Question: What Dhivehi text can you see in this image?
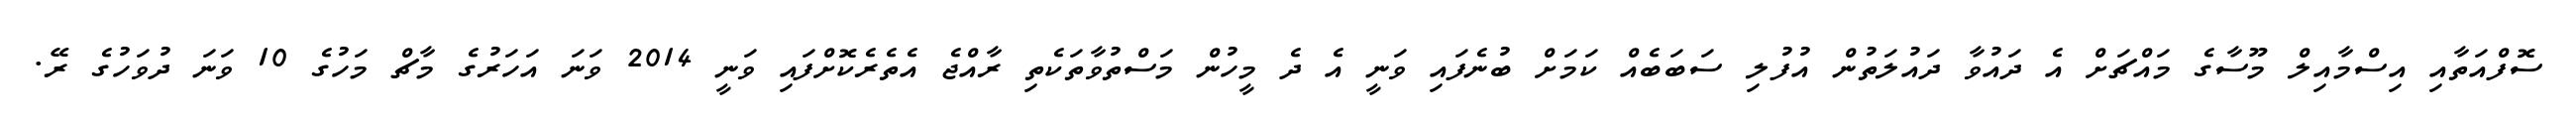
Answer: ސޮފްއަތާއި އިސްމާއިލް މޫސާގެ މައްޗަށް އެ ދައުވާ ދައުލަތުން އުފުލި ސަބަބެއް ކަމަށް ބުނެފައި ވަނީ އެ ދެ މީހުން މަސްތުވާތަކެތި ރާއްޖެ އެތެރެކޮށްފައި ވަނީ 2014 ވަނަ އަހަރުގެ މާޗް މަހުގެ 10 ވަނަ ދުވަހުގެ ރޭ.